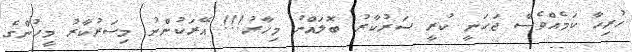
ހުރިހާ ކަމެއްވެސް ޖަހަނީ ކުރީ ސަރުކާރު ބޮލައްނު މިހާރު!!! އޭރަކުންނު މިސަރުކާރު މީހުންގެ